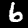
Label: 6